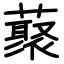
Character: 藂